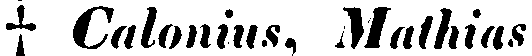
† Calonius, Mathias